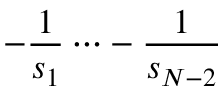
- \frac { 1 } { s _ { 1 } } \dots - \frac { 1 } { s _ { N - 2 } }